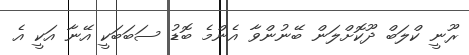
ރޫނީ ކްލަބް ދޫކޮށްލަން ބޭނުންވާ އެންމެ ބޮޑު ސަބަބަކީ އޭނާ އަކީ އެ